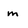
Character: m